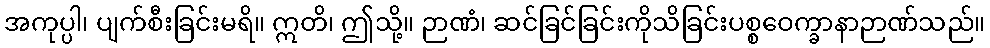
အကုပ္ပါ၊ ပျက်စီးခြင်းမရိ။ ဣတိ၊ ဤသို့။ ဉာဏံ၊ ဆင်ခြင်ခြင်းကိုသိခြင်းပစ္စဝေက္ခာနာဉာဏ်သည်။